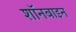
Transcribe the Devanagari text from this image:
शॉनबाइन